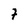
Character: 7